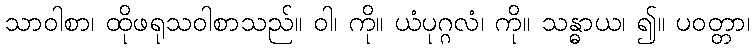
သာဝါစာ၊ ထိုဖရုသဝါစာသည်။ ဝါ၊ ကို။ ယံပုဂ္ဂလံ၊ ကို။ သန္ဓာယ၊ ၍။ ပဝတ္တာ၊